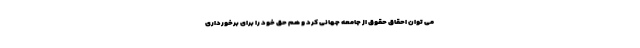
می توان احقاق حقوق از جامعه جهانی کرد و هم حق خود را برای برخورداری